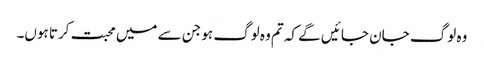
وہ لوگ جان جا ئیں گے کہ تم وہ لوگ ہو جن سے میں محبت کرتا ہوں۔